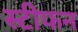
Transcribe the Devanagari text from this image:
स्‍टीफन